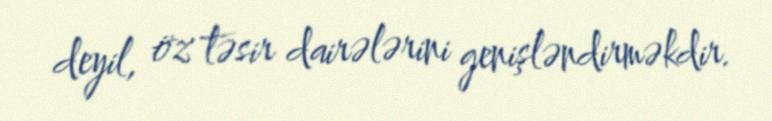
deyil, öz təsir dairələrini genişləndirməkdir.